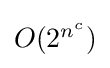
{\textstyle O(2^{n^{c}})}